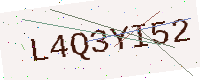
Text: L4Q3YI52